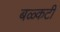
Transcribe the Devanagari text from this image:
बळ्कटी